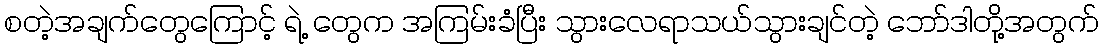
စတဲ့အချက်တွေကြောင့် ရဲ့ တွေက အကြမ်းခံပြီး သွားလေရာသယ်သွားချင်တဲ့ ဘော်ဒါတို့အတွက်